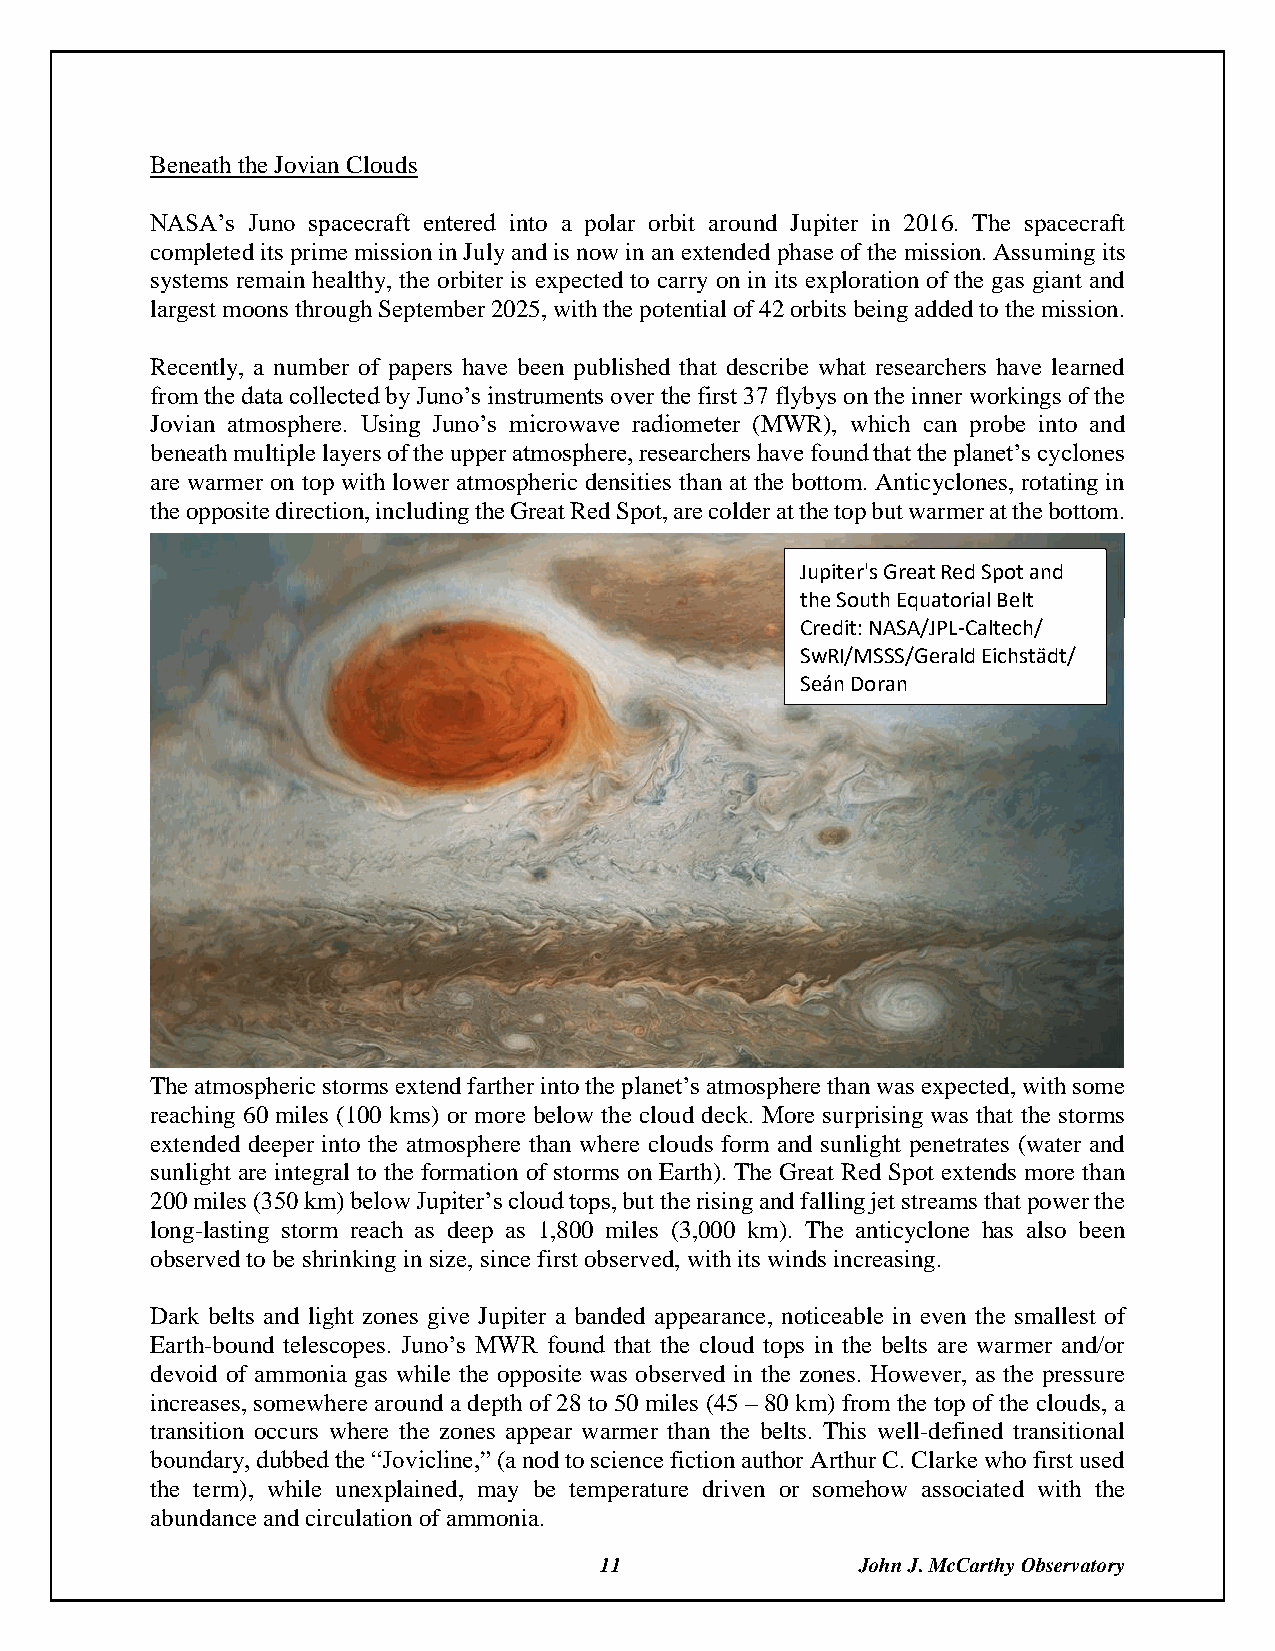
Beneath the Jovian Clouds
 NASA’s Juno spacecraft entered into a polar orbit around Jupiter in 2016. The spacecraft
 completed its prime mission in July and is now in an extended phase of the mission. Assuming its
 systems remain healthy, the orbiter is expected to carry on in its exploration of the gas giant and
 largest moons through September 2025, with the potential of 42 orbits being added to the mission.
 Recently, a number of papers have been published that describe what researchers have learned
 from the data collected by Juno’s instruments over the first 37 flybys on the inner workings of the
 Jovian atmosphere. Using Juno’s microwave radiometer (MWR), which can probe into and
 beneath multiple layers of the upper atmosphere, researchers have found that the planet’s cyclones
 are warmer on top with lower atmospheric densities than at the bottom. Anticyclones, rotating in
 the opposite direction, including the Great Red Spot, are colder at the top but warmer at the bottom.
 Jupiter's Great Red Spot and
 the South Equatorial Belt
 Credit: NASA/JPL-Caltech/
 SwRI/MSSS/Gerald Eichstädt/
 Seán Doran
 The atmospheric storms extend farther into the planet’s atmosphere than was expected, with some
 reaching 60 miles (100 kms) or more below the cloud deck. More surprising was that the storms
 extended deeper into the atmosphere than where clouds form and sunlight penetrates (water and
 sunlight are integral to the formation of storms on Earth). The Great Red Spot extends more than
 200 miles (350 km) below Jupiter’s cloud tops, but the rising and falling jet streams that power the
 long-lasting storm reach as deep as 1,800 miles (3,000 km). The anticyclone has also been
 observed to be shrinking in size, since first observed, with its winds increasing.
 Dark belts and light zones give Jupiter a banded appearance, noticeable in even the smallest of
 Earth-bound telescopes. Juno’s MWR found that the cloud tops in the belts are warmer and/or
 devoid of ammonia gas while the opposite was observed in the zones. However, as the pressure
 increases, somewhere around a depth of 28 to 50 miles (45 – 80 km) from the top of the clouds, a
 transition occurs where the zones appear warmer than the belts. This well-defined transitional
 boundary, dubbed the “Jovicline,” (a nod to science fiction author Arthur C. Clarke who first used
 the term), while unexplained, may be temperature driven or somehow associated with the
 abundance and circulation of ammonia.
 11               John J. McCarthy Observatory